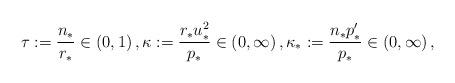
LaTeX: \begin{align*}\tau:=\frac{n_\ast}{r_\ast}\in(0,1)\,,\kappa:=\frac{r_\ast u_\ast^2}{p_\ast}\in(0,\infty)\,,\kappa_\ast:=\frac{n_\ast p'_\ast}{p_\ast}\in(0,\infty)\,,\end{align*}